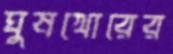
ঘুষখোরের